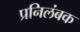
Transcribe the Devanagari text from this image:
प्रनिलंबक